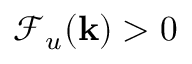
\mathcal { F } _ { u } ( { \bf k } ) > 0